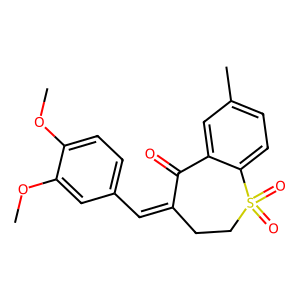
SMILES: COc1ccc(C=C2CCS(=O)(=O)c3ccc(C)cc3C2=O)cc1OC
Inhibits HIV replication: No